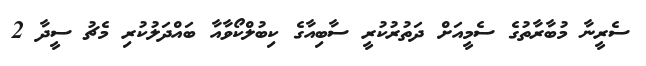
ސެރީނާ މުބާރާތުގެ ސެމީއަށް ދަތުރުކުރީ ސާބިއާގެ ކިބުލްކޯވާއާ ބައްދަލުކުރި މެޗު ސީދާ 2